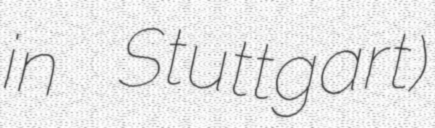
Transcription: in Stuttgart)